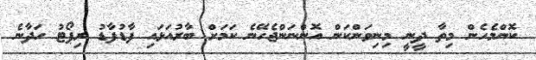
ކޮންމެހެން މިތާ ދީނީ މިނިވަންކަން އޮންނަންޖެހޭނެ ކަމަށް ބާރުއަޅައި ފާޑުފާޑު ރިޕޯޓު ހަދާނެ